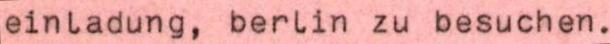
einladung, berlin zu besuchen.